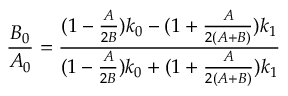
\frac { B _ { 0 } } { A _ { 0 } } = \frac { ( 1 - \frac { A } { 2 B } ) k _ { 0 } - ( 1 + \frac { A } { 2 ( A + B ) } ) k _ { 1 } } { ( 1 - \frac { A } { 2 B } ) k _ { 0 } + ( 1 + \frac { A } { 2 ( A + B ) } ) k _ { 1 } }